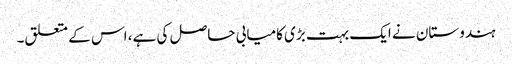
ہندوستان نے ایک بہت بڑی کامیابی حاصل کی ہے، اس کے متعلق۔